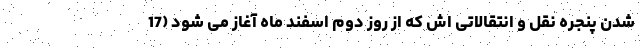
شدن پنجره نقل و انتقالاتی اش که از روز دوم اسفند ماه آغاز می شود (17